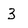
Character: 3